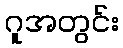
ဂူအတွင်း